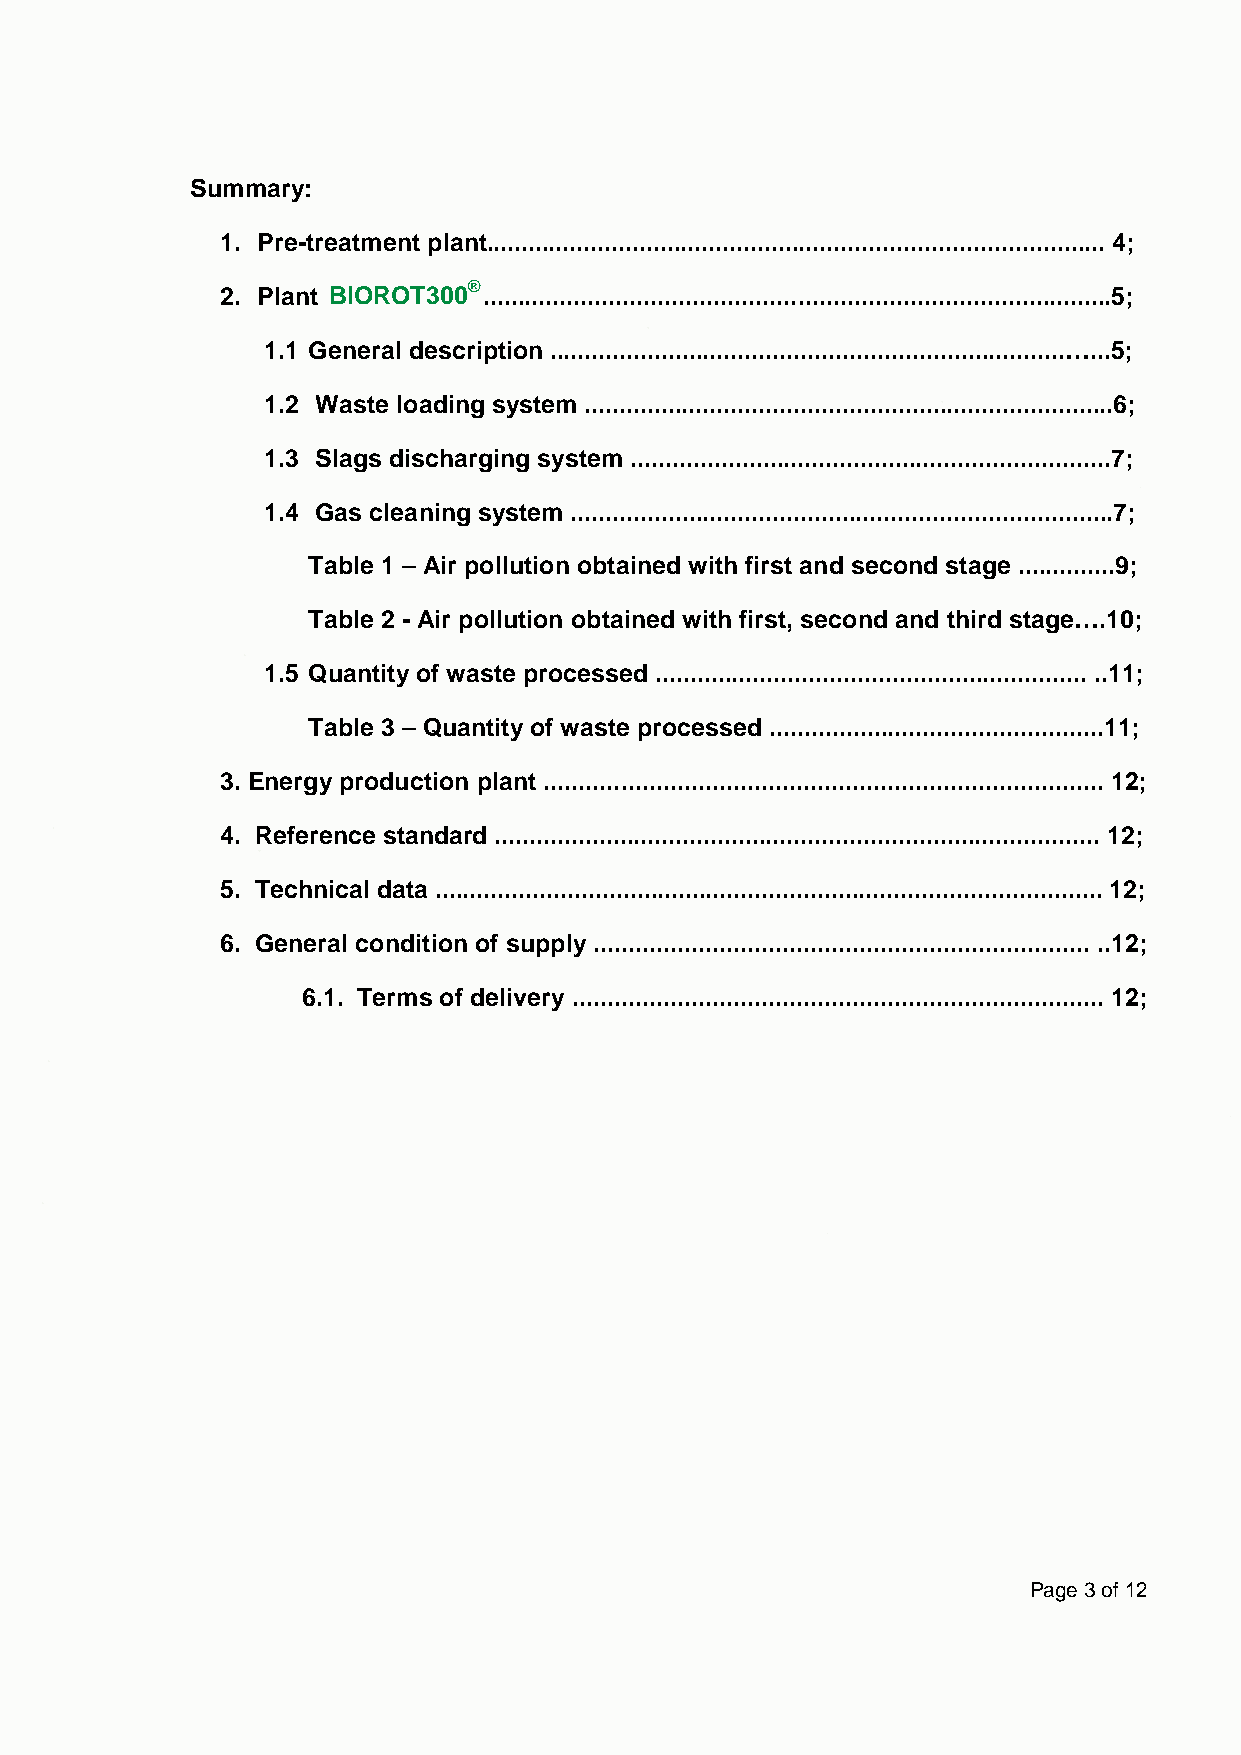
Summary:
 1. Pre-treatment plant......................................................................................... 4;
 ®
 2. Pla n t B IOROT300 ...... . ...................................................................................5;
 1.1 General description ..........................................................................…...5;
 1.2 Waste loading system ............................................................................6;
 1.3 Slags discharging system .....................................................................7;
 1.4 Gas cleaning system ..............................................................................7;
 Table 1 – Air pollution obtained with first and second stage ..............9;
 Table 2 - Air pollution obtained with first, second and third stage….10;
 1.5 Quantity of waste processed .............................................................. ..11;
 Table 3 – Quantity of waste processed ................................................11;
 3. Energy production plant ................................................................................ 12;
 4. Reference standard ....................................................................................... 12;
 5. Technical data ................................................................................................ 12;
 6. General condition of supply ....................................................................... ..12;
 6.1. Terms of delivery ............................................................................ 12;
 Page 3 of 12